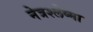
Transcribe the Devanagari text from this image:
नेत्रश्लेष्मा